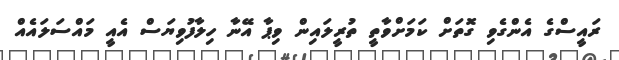
ރައީސްގެ އެންގެވި ގޮތަށް ކަމަށްވާތީ ތުރީލައިން ވިޕާ އޭނާ ހިލާފުވިޔަސް އެއީ މައްސަލައެއް